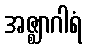
အဇ္ဈာဂါရံ